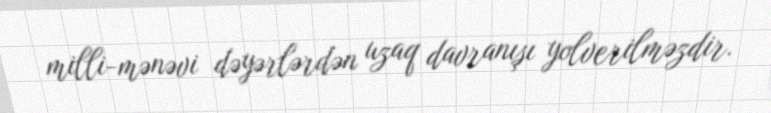
milli-mənəvi dəyərlərdən uzaq davranışı yolverilməzdir.